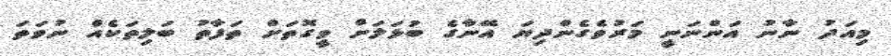
މިއަދު ނާނު އަންނަނީ މަރުވެގެންދިޔަ އޭނާގެ ބުޅަލަށް ވީގޮތަށް ތަފާތު ބަލިތަކެއް ނުވަތަ